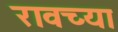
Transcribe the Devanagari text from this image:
रावच्या